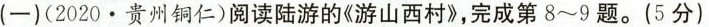
（一）(2020·贵州铜仁)阅读陆游的《游山西村》，完成第8~9题。(5分)